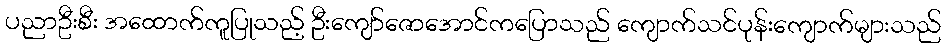
ပညာဦးစီး အထောက်ကူပြုသည့် ဦးကျော်ဇောအောင်ကပြောသည် ကျောက်သင်ပုန်းကျောက်များသည်